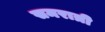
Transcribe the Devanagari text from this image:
समरात्री